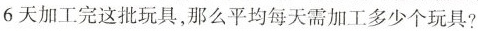
6天加工完这批玩具，那么平均每天需加工多少个玩具?